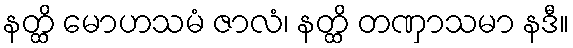
နတ္ထိ မောဟသမံ ဇာလံ၊ နတ္ထိ တဏှာသမာ နဒီ။